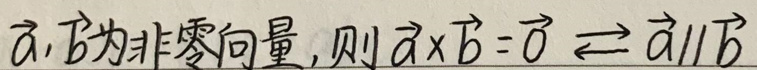
\vec{a},\vec{b}为非零向量,则$\vec{a}\times\vec{b}=\vec{0}\Longleftrightarrow\vec{a}\parallel\vec{b}$